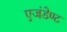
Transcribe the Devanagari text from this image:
एजंडेण्ट